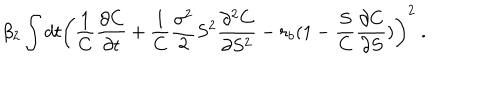
\beta _ { 2 } \int d t \left( \frac 1 C \frac { \partial C } { \partial t } + \frac 1 C \frac { \sigma ^ { 2 } } { 2 } S ^ { 2 } \frac { \partial ^ { 2 } C } { \partial S ^ { 2 } } - r _ { b } ( 1 - \frac S C \frac { \partial C } { \partial S } ) \right) ^ { 2 } \ .